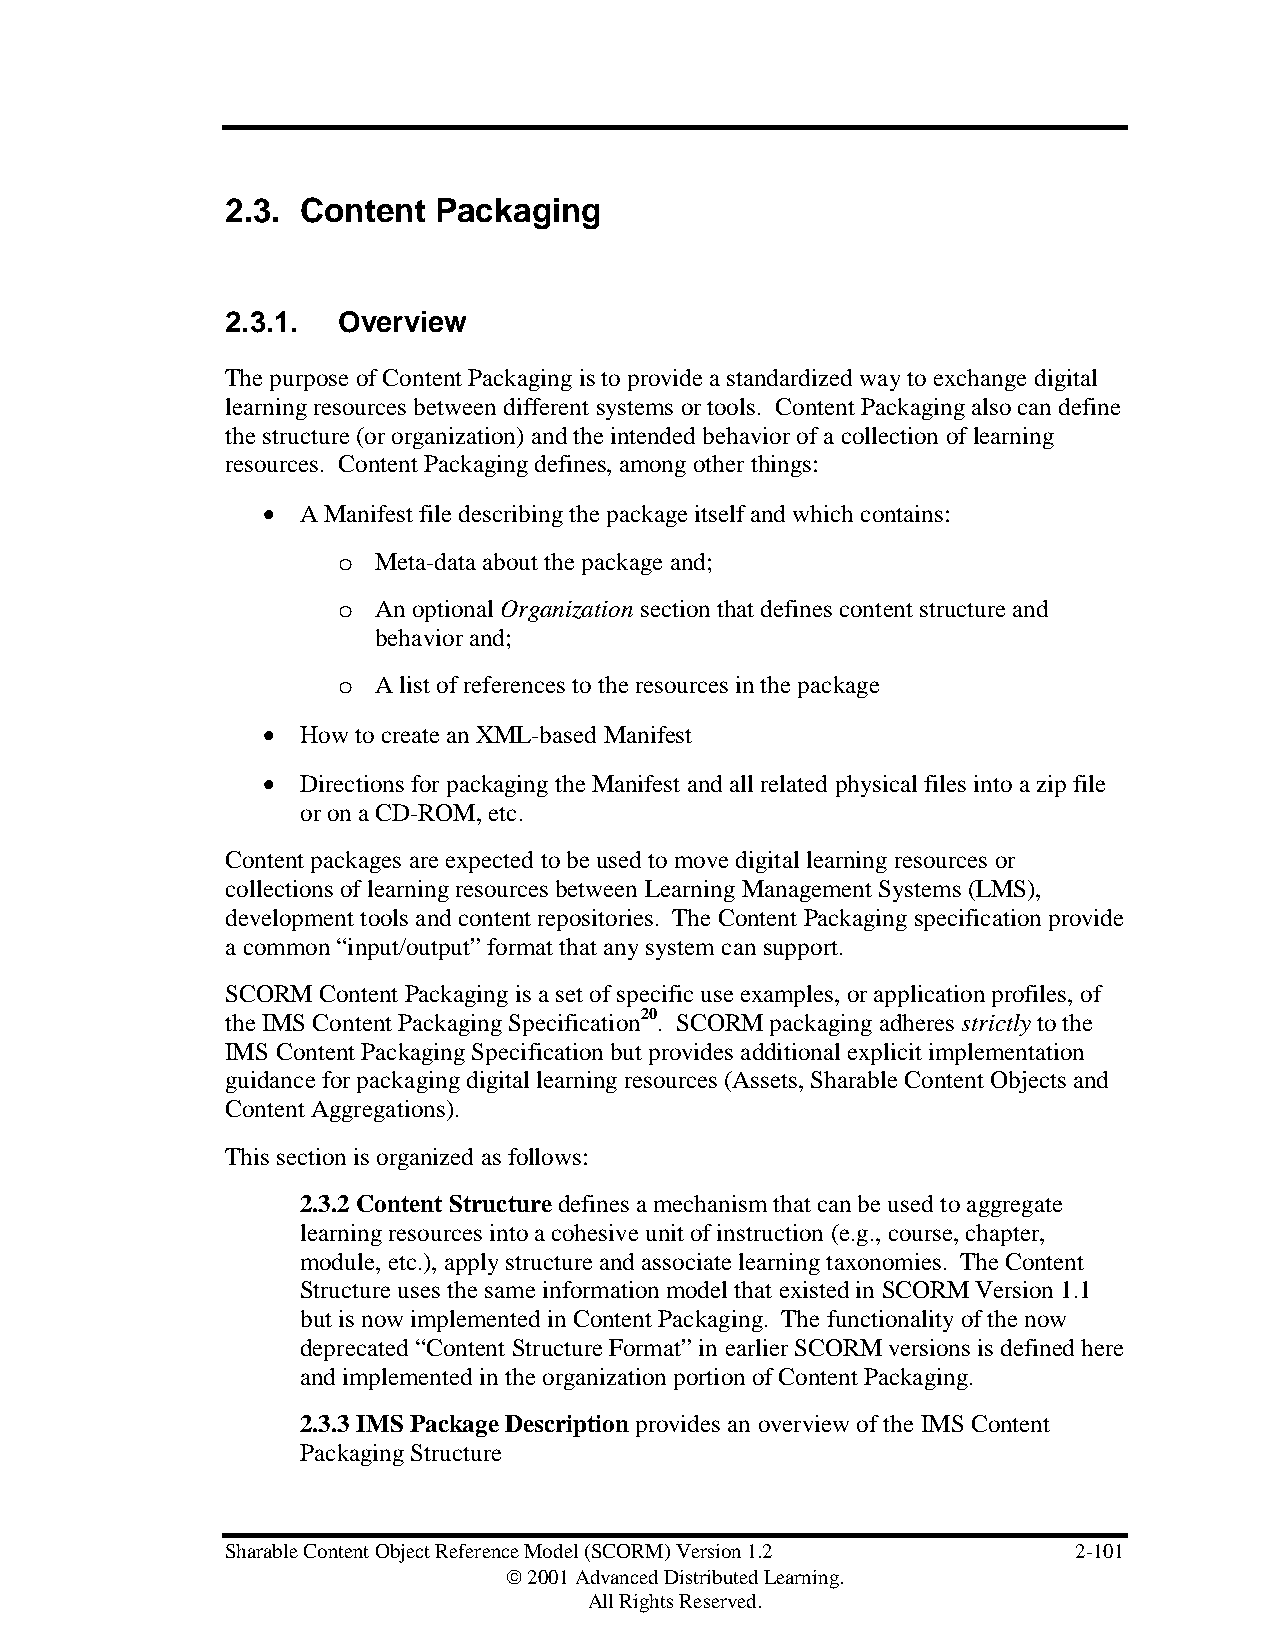
2.3. Content  Packaging
 2.3.1. Overview
 The purpose of Content Packaging is to provide a standardized way to exchange digital
 learning resources between different systems or tools. Content Packaging also can define
 the structure (or organization) and the intended behavior of a collection of learning
 resources. Content Packaging defines, among other things:
 •  A Manifest file describing the package itself and which contains:
 o  Meta-data about the package and;
 o  An optional Organization section that defines content structure and
 behavior and;
 o  A list of references to the resources in the package
 •  How to create an XML-based Manifest
 •  Directions for packaging the Manifest and all related physical files into a zip file
 or on a CD-ROM, etc.
 Content packages are expected to be used to move digital learning resources or
 collections of learning resources between Learning Management Systems (LMS),
 development tools and content repositories. The Content Packaging specification provide
 a common “input/output” format that any system can support.
 SCORM Content Packaging is a set of specific use examples, or application profiles, of
 the IMS Content Packaging Specification20. SCORM packaging adheres strictly to the
 IMS Content Packaging Specification but provides additional explicit implementation
 guidance for packaging digital learning resources (Assets, Sharable Content Objects and
 Content Aggregations).
 This section is organized as follows:
 2.3.2 Content Structure defines a mechanism that can be used to aggregate
 learning resources into a cohesive unit of instruction (e.g., course, chapter,
 module, etc.), apply structure and associate learning taxonomies. The Content
 Structure uses the same information model that existed in SCORM Version 1.1
 but is now implemented in Content Packaging. The functionality of the now
 deprecated “Content Structure Format” in earlier SCORM versions is defined here
 and implemented in the organization portion of Content Packaging.
 2.3.3 IMS Package Description provides an overview of the IMS Content
 Packaging Structure
 Sharable Content Object Reference Model (SCORM) Version 1.2 2-101
  2001 Advanced Distributed Learning.
 All Rights Reserved.